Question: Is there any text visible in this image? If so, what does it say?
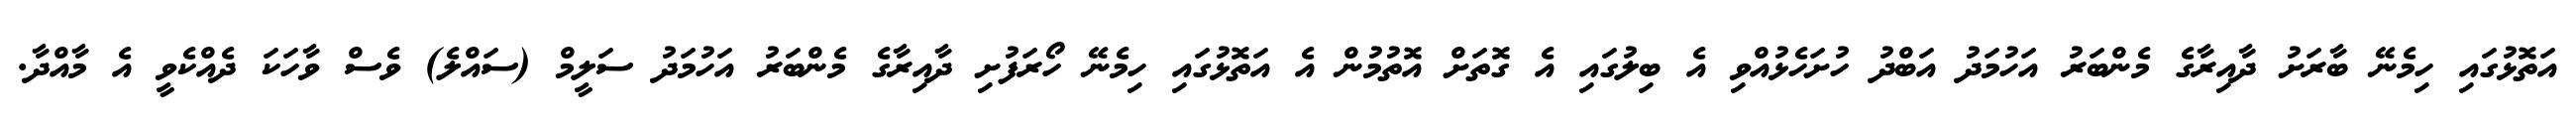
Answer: އަތޮޅުގައި ހިމެނޭ ބާރަށު ދާއިރާގެ މެންބަރު އަހުމަދު އަބްދު ހުށަހެޅުއްވި އެ ބިލުގައި އެ ގޮތަށް އޮތުމުން އެ އަތޮޅުގައި ހިމެނޭ ހޯރަފުށި ދާއިރާގެ މެންބަރު އަހުމަދު ސަލީމް (ސައްލެ) ވެސް ވާހަކަ ދެއްކެވީ އެ މާއްދާ.